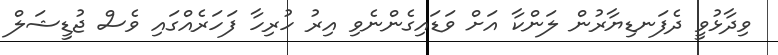
ވިދާޅުވީ ދެފަނޑިޔާރުން ލަންކާ އަށް ވަޑައިގެންނެވި އިރު ހުރިހާ ފަހަރެއްގައި ވެސް ޖުޑީޝަލް